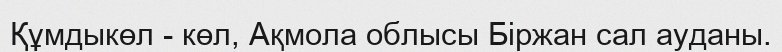
Құмдыкөл - көл, Ақмола облысы Біржан сал ауданы.